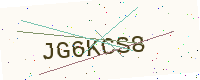
Text: JG6KCS8